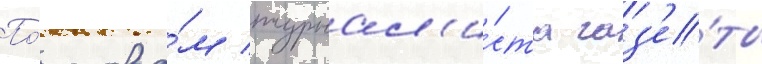
По́ слова́м журнал'и́ста газ'е́ты